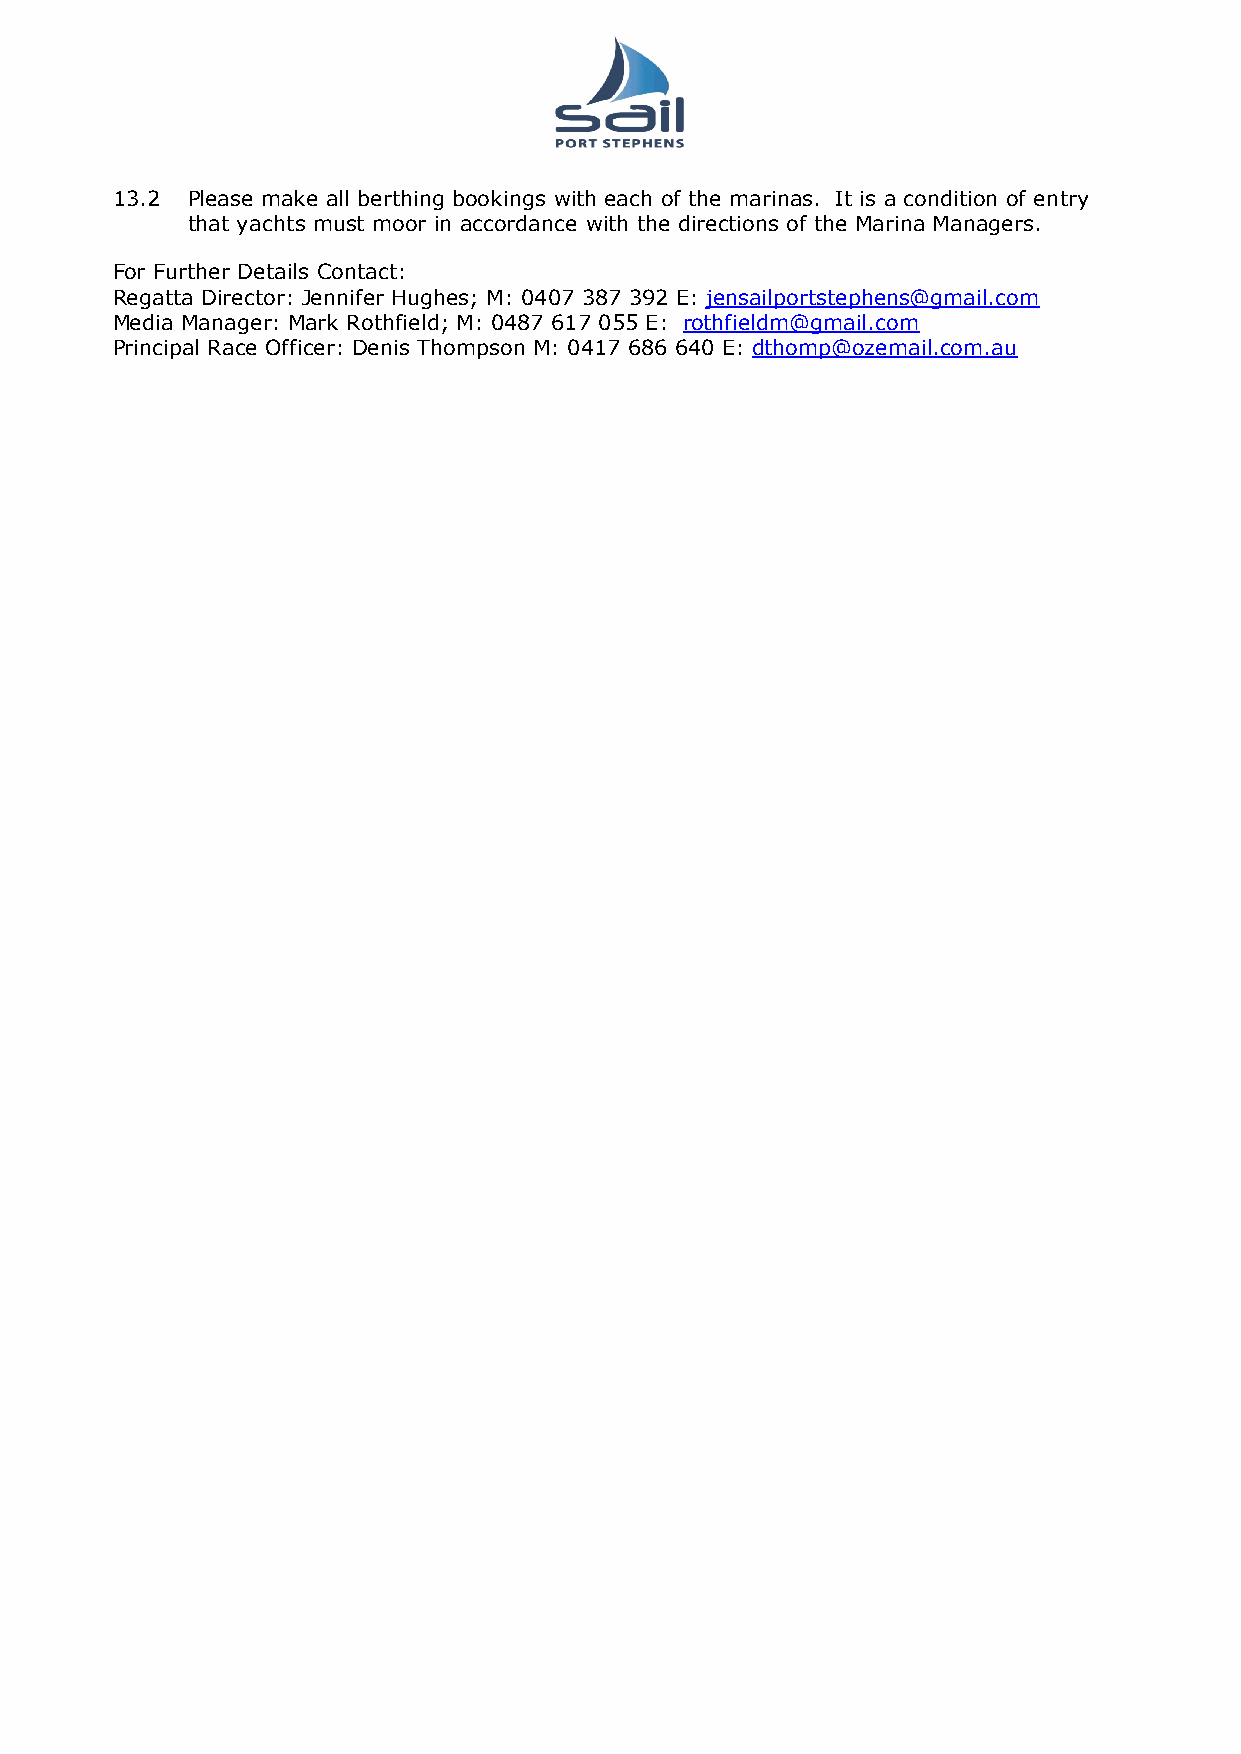
13.2 Please make all berthing bookings with each of the marinas. It is a condition of entry
 that yachts must moor in accordance with the directions of the Marina Managers.
 For Further Details Contact:
 Regatta Director: Jennifer Hughes; M: 0407 387 392 E: jensailportstephens@gmail.com
 Media Manager: Mark Rothfield; M: 0487 617 055 E: rothfieldm@gmail.com
 Principal Race Officer: Denis Thompson M: 0417 686 640 E: dthomp@ozemail.com.au